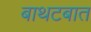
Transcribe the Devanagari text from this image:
बाथटबात